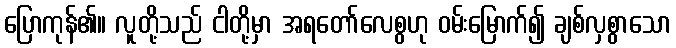
ပြောကုန်၏။ လူတို့သည် ငါတို့မှာ အရတော်လေစွဟု ဝမ်းမြောက်၍ ချစ်လှစွာသော